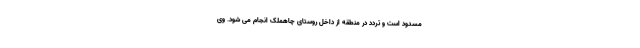
مسدود است و تردد در منطقه از داخل روستای چاهملک انجام می شود. وی